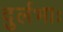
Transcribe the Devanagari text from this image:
दुर्लभाः